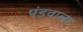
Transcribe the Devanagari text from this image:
पंडवाला